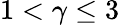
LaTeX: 1<\gamma\le 3